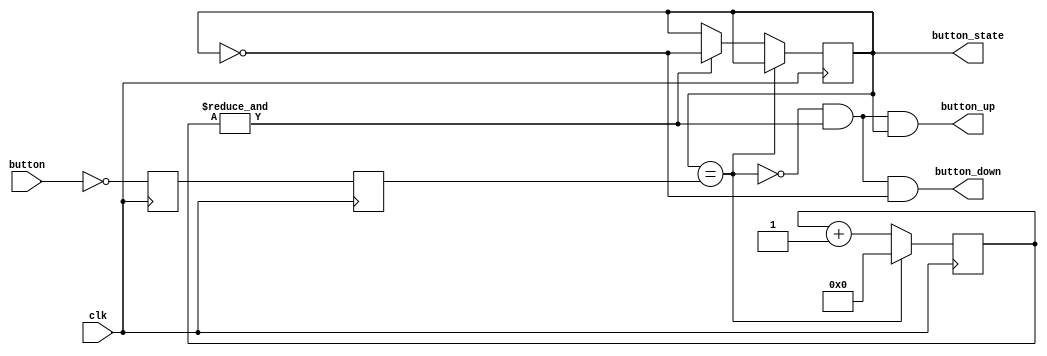
module debounce(clk, button, button_state, button_up, button_down);

input clk;
input button;
output reg button_state;
output button_up;
output button_down;

reg sync1;
always @(posedge clk)
begin
	sync1 <= ~button;
end

reg sync2;
always @(posedge clk)
begin
	sync2 <= sync1;
end

reg[15:0] PB_cnt;

wire PB_idle = (button_state==sync2);
wire PB_cnt_max = &PB_cnt;

always @(posedge clk)
if (PB_idle)
	PB_cnt <= 0;
else
begin
	PB_cnt <= PB_cnt + 16'd1;
	if (PB_cnt_max) button_state <= ~button_state;
end

assign button_down = ~PB_idle & PB_cnt_max & ~button_state;
assign button_up = ~PB_idle & PB_cnt_max & button_state;

endmodule